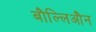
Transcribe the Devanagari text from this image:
बौल्लिऔन